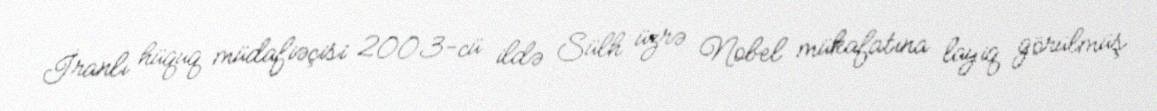
İranlı hüquq müdafiəçisi 2003-cü ildə Sülh üzrə Nobel mükafatına layiq görülmüş